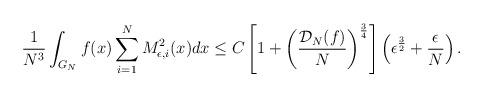
LaTeX: \begin{align*}\frac{1}{N^{3}}\int_{G_{N}}f(x)\sum_{i=1}^{N}M_{\epsilon,i}^{2}(x)dx\le C\left[1+\left(\frac{\mathcal{D}_{N}(f)}{N}\right)^{\frac{3}{4}}\right]\left(\epsilon^{\frac{3}{2}}+\frac{\epsilon}{N}\right).\end{align*}